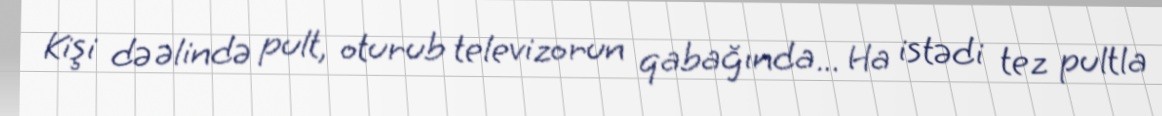
Kişi də əlində pult, oturub televizorun qabağında... Ha istədi tez pultla